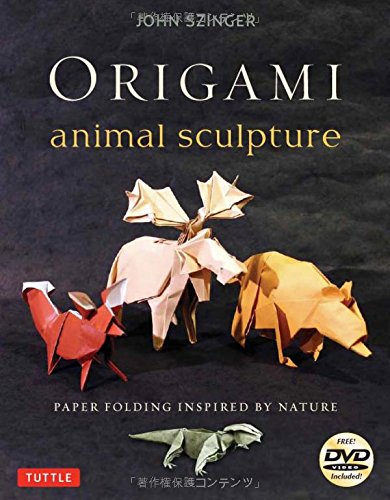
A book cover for Origami Animal Sculpture: Paper Folding Inspired by Nature [Origami Book with DVD, 22 Models]; John Szinger; Crafts, Hobbies & Home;